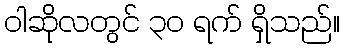
ဝါဆိုလတွင် ၃၀ ရက် ရှိသည်။